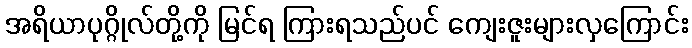
အရိယာပုဂ္ဂိုလ်တို့ကို မြင်ရ ကြားရသည်ပင် ကျေးဇူးများလှကြောင်း